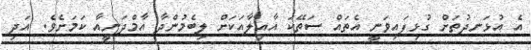
އެ އުޅަނދުތަށް ގުޅިފައިވަނީ އެތައް ސަތޭކަ އާއިލާއަކަށް ލިބެމުންދާ އާމްދަނީއާ ކަމަށެވެ. އަދި